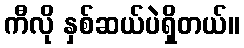
ကီလို နှစ်ဆယ်ပဲရှိတယ်။